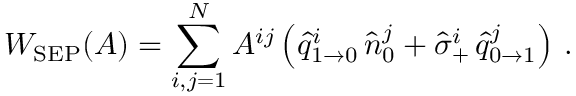
W _ { \mathrm { S E P } } ( A ) = \sum _ { i , j = 1 } ^ { N } A ^ { i j } \left( \hat { q } _ { 1 \to 0 } ^ { i } \, \hat { n } _ { 0 } ^ { j } + \hat { \sigma } _ { + } ^ { i } \, \hat { q } _ { 0 \to 1 } ^ { j } \right) \, .